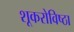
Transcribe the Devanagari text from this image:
शूकरोविष्ठा